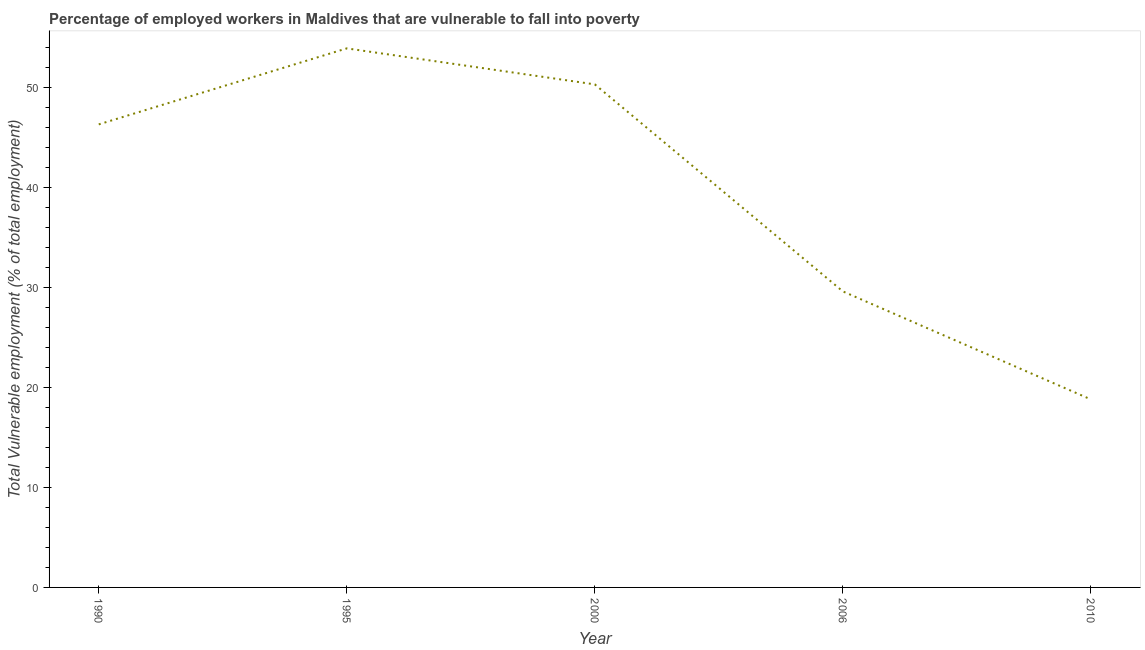
| Year | Vulnerable employment |
 | --- | --- |
 | 1990 | 46.3 |
 | 1995 | 53.9 |
 | 2000 | 50.3 |
 | 2006 | 29.6 |
 | 2010 | 18.8 |